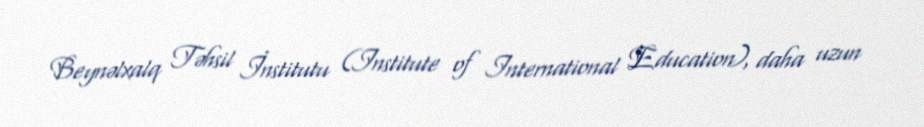
Beynəlxalq Təhsil İnstitutu (Institute of International Education), daha uzun